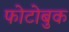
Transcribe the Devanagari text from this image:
फोटोबुक